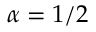
\alpha = 1 / 2